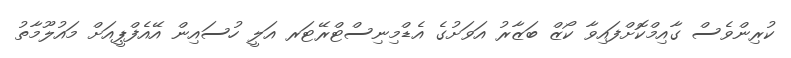
ކުރިންވެސް ގާއިމްކޮށްފައިވާ ކޯޒް ބަޒާރު އަވަށުގެ އެޑްމިނިސްޓްރޭޓަރ އަލީ ހުސައިން އޭއެފްޕީއަށް މައުލޫމާތު